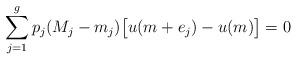
LaTeX: \begin{align*}\sum_{j=1}^g p_j (M_j - m_j) \big[u(m + e_j) - u(m)\big] = 0\end{align*}